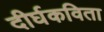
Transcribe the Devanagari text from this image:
दीर्घकविता